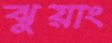
ঝুয়াং